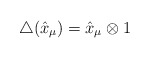
\begin{align*}\bigtriangleup(\hat{x}_\mu)=\hat{x}_\mu\otimes1\end{align*}